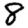
Digit: 8